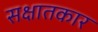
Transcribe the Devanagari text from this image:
सक्षातकार